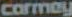
carmey